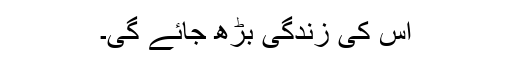
اُس کی زندگی بڑھ جائے گی۔